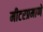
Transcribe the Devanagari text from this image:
मीटरप्रमाणे